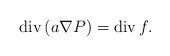
LaTeX: \begin{align*}\operatorname{div}\left( a\nabla P\right) =\operatorname{div}f. \end{align*}